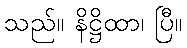
သည်။ နိဋ္ဌိထာ၊ ပြီ။